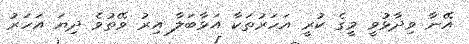
އޭނާ ވިދާޅުވީ މީގެ ކުރީ އަހަރުތަކާ އަޅާބަލާ އިރު ވޭތުވެ ދިޔަ އަހަރު